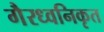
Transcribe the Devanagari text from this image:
गैरध्वनिकृत